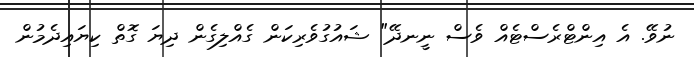
ނުވޭ. އެ އިންޓްރެސްޓެއް ވެސް ނީނދޭ" ޝައުގުވެރިކަން ގެއްލިގެން ދިޔަ ގޮތް ކިޔައިދެމުން